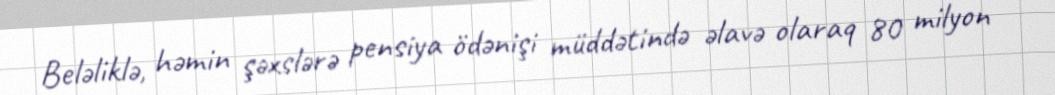
Beləliklə, həmin şəxslərə pensiya ödənişi müddətində əlavə olaraq 80 milyon